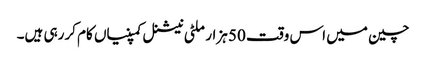
چین میں اس وقت 50 ہزار ملٹی نیشنل کمپنیاں کام کررہی ہیں۔